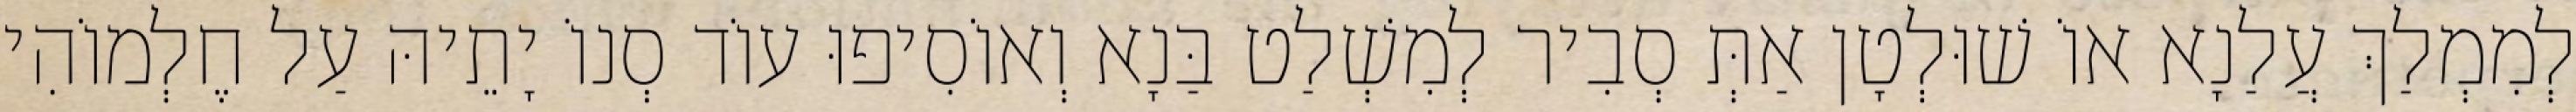
לְמִמְלַךְ עֲלַנָא אוֹ שׁוּלְטָן אַתְּ סְבִיר לְמִשְׁלַט בַּנָא וְאוֹסִיפוּ עוֹד סְנוֹ יָתֵיהּ עַל חֶלְמוֹהִי